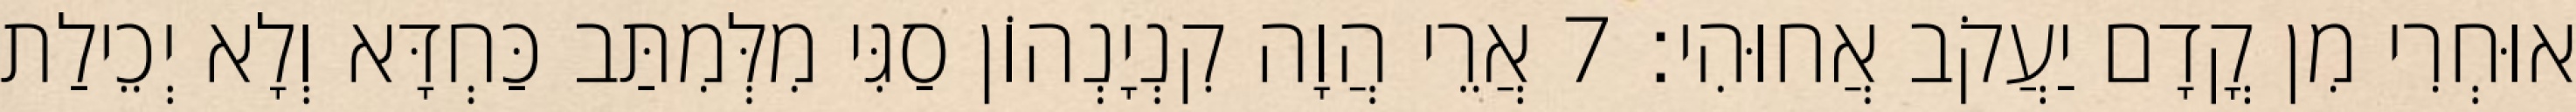
אוּחְרִי מִן קֳדָם יַעֲקֹב אֲחוּהִי׃ 7 אֲרֵי הֲוָה קִנְיָנְהוֹן סַגִּי מִלְּמִתַּב כַּחְדָּא וְלָא יְכֵילַת